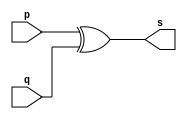
// Extra02
// Nome : Roger Rubens Machado


// xor gate

module xorgate (output [0:7]s, input [0:7]p, input [0:7]q); 
	assign s = p^q ; 
endmodule // xorgate

// Test xor Gate 

module testxorgate;
reg [0:7]a , b;
wire [0:7]s;

xorgate XOR1(s,a,b);
	
	initial begin:start
		a=8'b11111111; b=8'b11111111;
end
	initial begin
		$display("Extra02 Roger Rubens Machado - 430533");
		$display("Test XOR gate");
		
		$monitor("%b ^ %b = %b", a, b, s); 
	

	end
endmodule // testandgate